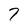
Character: 7